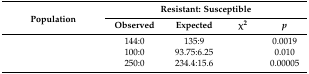
<table><thead><tr><td rowspan="2"><b>Population</b></td><td colspan="4"><b>Resistant: Susceptible</b></td></tr><tr><td><b>Observed</b></td><td><b>Expected</b></td><td><b>χ<sup>2</sup></b></td><td><b><i>p</i></b></td></tr></thead><tbody><tr><td>[EMPTY_CELL]</td><td>144:0</td><td>135:9</td><td>[EMPTY_CELL]</td><td>0.0019</td></tr><tr><td>[EMPTY_CELL]</td><td>100:0</td><td>93.75:6.25</td><td>[EMPTY_CELL]</td><td>0.010</td></tr><tr><td>[EMPTY_CELL]</td><td>250:0</td><td>234.4:15.6</td><td>[EMPTY_CELL]</td><td>0.00005</td></tr></tbody></table>